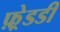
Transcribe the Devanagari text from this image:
फ़्रेडडी